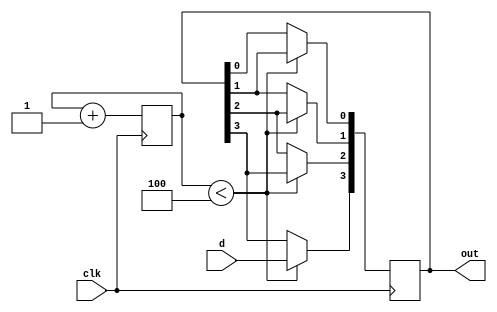

module serialToParallel(clk,d,out);
    input clk;
    input d;
    output [3:0] out;
   reg[3:0] counter=0;
   reg [3:0]q=0;
always@(posedge clk)

begin
	counter<=counter+1;
	if (counter < 4)
	begin
	q[3]<=d;
	q[2]<=q[3];
	q[1]<=q[2];
	q[0]<=q[1];
	end
	else 
	begin
	q<=q;
	end
	
	
end
assign out =q;
endmodule